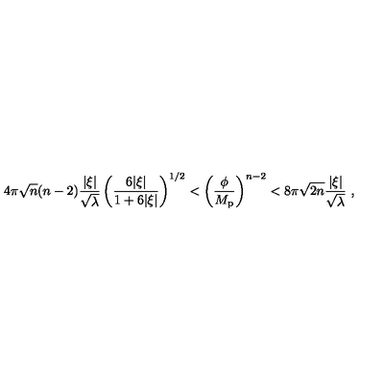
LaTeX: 4 \pi \sqrt n ( n - 2 ) { \frac { | \xi | } { \sqrt \lambda } } \left( { \frac { 6 | \xi | } { 1 + 6 | \xi | } } \right) ^ { 1 / 2 } < \left( { \frac { \phi } { M _ { \mathrm { p } } } } \right) ^ { n - 2 } < 8 \pi \sqrt { 2 n } { \frac { | \xi | } { \sqrt \lambda } } \ ,